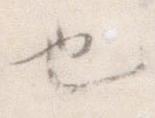
也